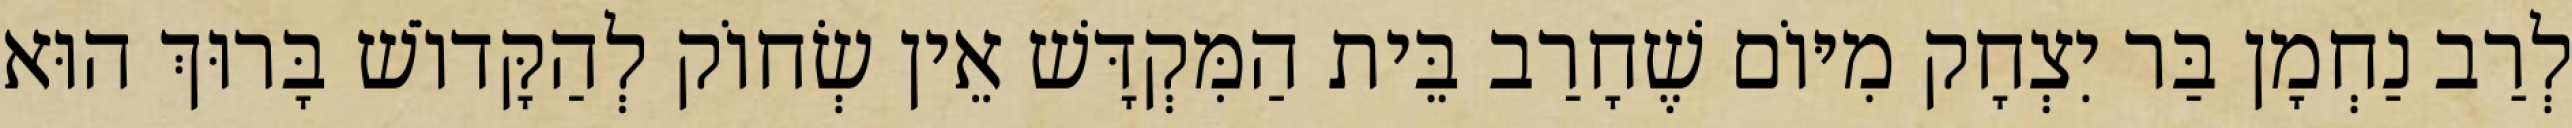
לְרַב נַחְמָן בַּר יִצְחָק מִיּוֹם שֶׁחָרַב בֵּית הַמִּקְדָּשׁ אֵין שְׂחוֹק לְהַקָּדוֹשׁ בָּרוּךְ הוּא